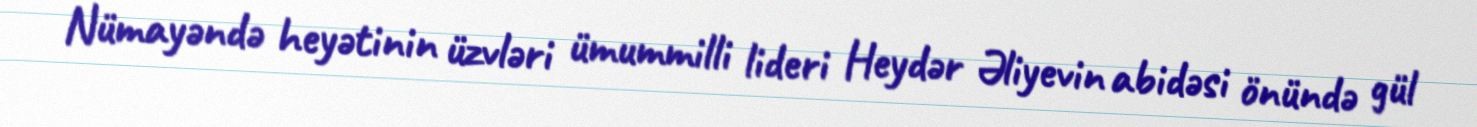
Nümayəndə heyətinin üzvləri ümummilli lideri Heydər Əliyevin abidəsi önündə gül